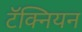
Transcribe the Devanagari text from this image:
टॅक्नियन